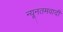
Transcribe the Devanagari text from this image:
न्यूनतमवादी